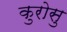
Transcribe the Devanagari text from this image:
कुरोसु